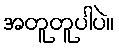
အတူတူပါပဲ။